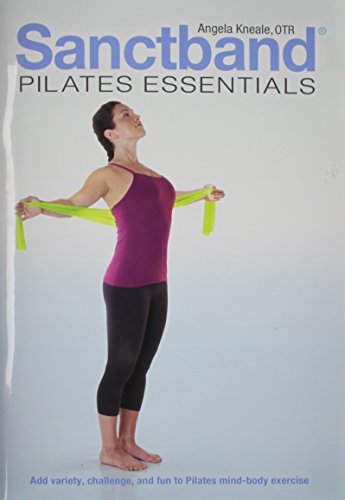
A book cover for Sanctband Pilates Essentials; Angela Kneale; Health, Fitness & Dieting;